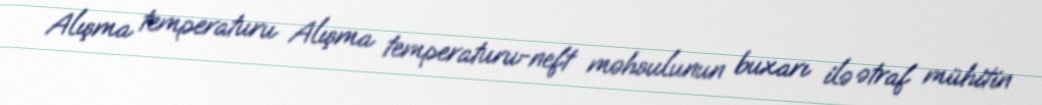
Alışma temperaturu Alışma temperaturu-neft məhsulunun buxarı ilə ətraf mühitin